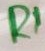
Text: R1